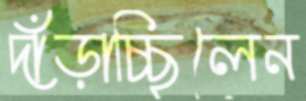
দাঁড়াচ্ছিলেন